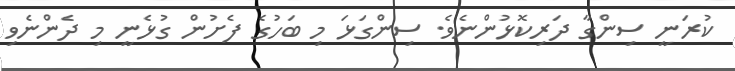
ކުރަނީ ސިންގާ ދަރިކޮޅުންނެވެ. ސިންގަޅަ މި ބަހުގެ ފެށުން ގުޅެނީ މި ދެންނެވި